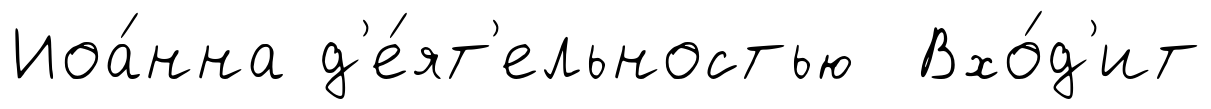
Иоа́нна д'е́ят'ельностью Вхо́д'ит